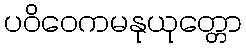
ပဝိဝေကမနုယုတ္တော